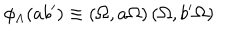
\phi _ { \Lambda } ( a b ^ { \prime } ) \equiv \left( \Omega , a \Omega \right) \left( \Omega , b ^ { \prime } \Omega \right)